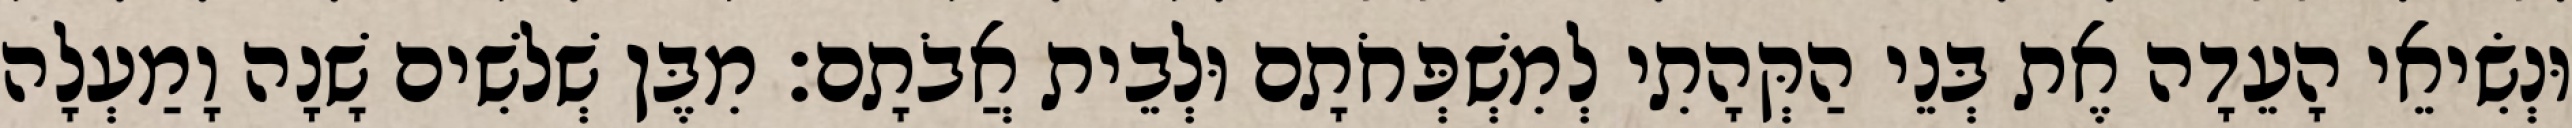
וּנְשִׂיאֵי הָעֵדָה אֶת בְּנֵי הַקְּהָתִי לְמִשְׁפְּחֹתָם וּלְבֵית אֲבֹתָם׃ מִבֶּן שְׁלשִׁים שָׁנָה וָמַעְלָה